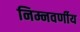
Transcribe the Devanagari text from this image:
निम्नवर्णीय